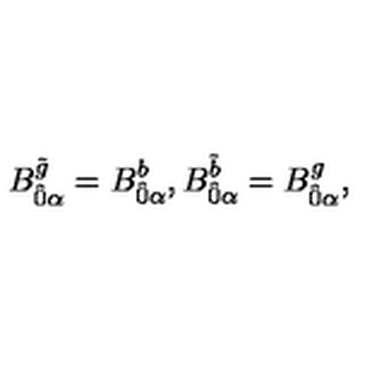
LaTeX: B _ { \hat { 0 } \alpha } ^ { \tilde { g } } = B _ { \hat { 0 } \alpha } ^ { b } , B _ { \hat { 0 } \alpha } ^ { \tilde { b } } = B _ { \hat { 0 } \alpha } ^ { g } ,